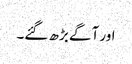
اور آگے بڑھ گئے۔